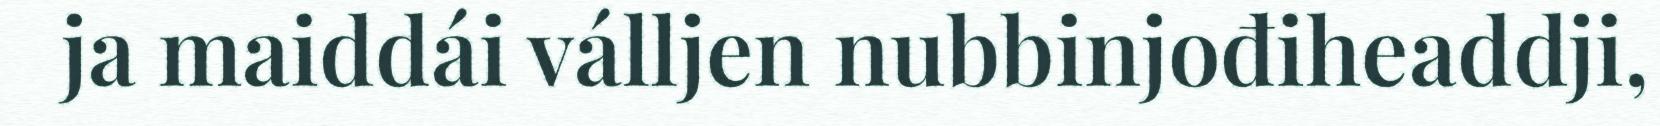
ja maiddái válljen nubbinjođiheaddji,